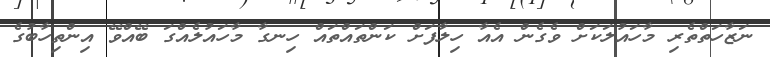
ނަޒާހަތްތެރި މާހައުލަކަށް ވެގެން އެއާ ހިލާފަށް ކަންތައްތައް ހިނގާ މާހައުލެއްގަ ބޭއްވޭ އިންތިހާބުގެ